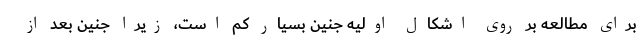
برای مطالعه بر روی اشکال اولیه جنین بسیار کم است، زیرا جنین بعد از